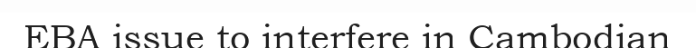
EBA issue to interfere in Cambodian